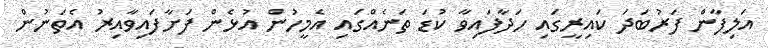
އަލިފާން ފަރުބަދަ ކައިރީގައި ހަދާފައިވާ ކުޑަ ތަނެއްގައި އެމީހުން އުޅެން ފަށާފައިވާއިރު އެތަނުން